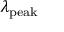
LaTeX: \lambda _ { \mathrm { p e a k } }